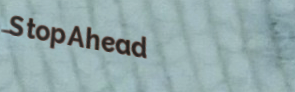
StopAhead